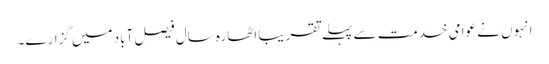
انہوں نے عوامی خدمت سے پہلے تقریباً اٹھارہ سال فیصل آباد میں گزارے۔